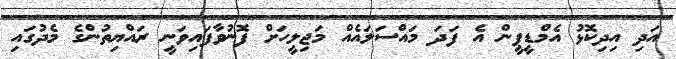
އަދި އިދިކޮޅު އެމްޑީޕީން އެ ފަދަ މައްސަލައެއް މަޖިލީހަށް ފޮނުވާފައިވަނީ ރައްޔިތުންގެ މެދުގައި